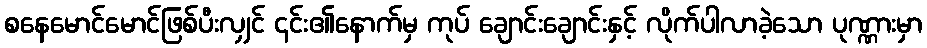
စနေမောင်မောင်ဖြစ်ပီးလျှင် ၄င်း၏နောက်မှ ကုပ် ချောင်းချောင်းနှင့် လိုက်ပါလာခဲ့သော ပုဏ္ဏားမှာ